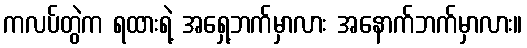
ကလပ်တွဲက ရထားရဲ့ အရှေ့ဘက်မှာလား အနောက်ဘက်မှာလား။